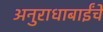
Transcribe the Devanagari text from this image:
अनुराधाबाईंचे